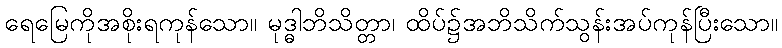
ရေမြေကိုအစိုးရကုန်သော။ မုဒ္ဓါဘိသိတ္တာ၊ ထိပ်၌အဘိသိက်သွန်းအပ်ကုန်ပြီးသော။